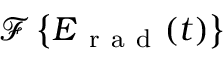
\mathcal { F } \left\{ \boldsymbol { E } _ { \mathrm { ~ r ~ a ~ d ~ } } ( t ) \right\}